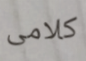
كلامى